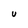
Character: U